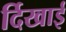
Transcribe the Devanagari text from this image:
र्दिखाई